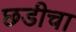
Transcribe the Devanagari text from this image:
छडीचा